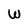
Character: W